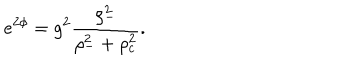
e ^ { 2 \phi } = g ^ { 2 } \frac { \rho _ { - } ^ { 2 } } { \rho _ { - } ^ { 2 } + \rho _ { c } ^ { 2 } } .